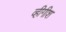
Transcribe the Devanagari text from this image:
व्हीगीश